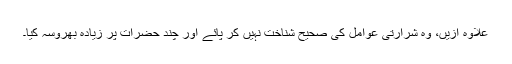
علاوہ ازیں، وہ شرارتی عوامل کی صحیح شناخت نہیں کر پائے اور چند حضرات پر زیادہ بھروسہ کیا۔